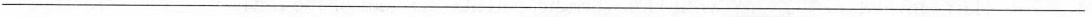
______________________________________________________